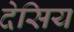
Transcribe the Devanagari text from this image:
देसिय